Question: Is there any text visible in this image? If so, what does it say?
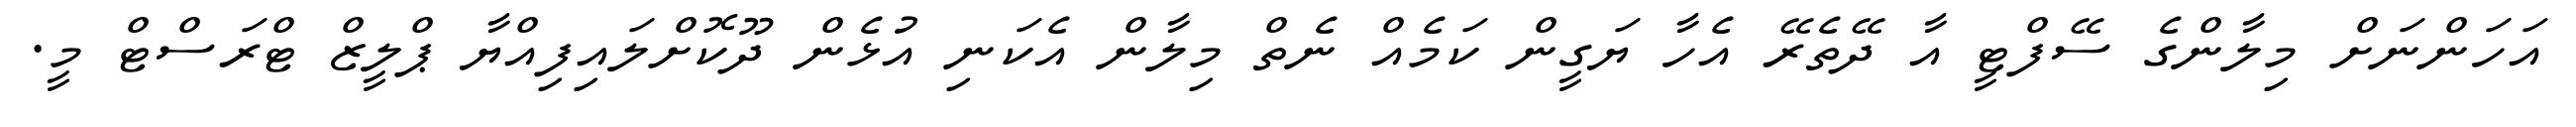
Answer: އަހަންނަށް މިލާންގެ ސޭފްޓީ އާ ދޭތެރޭ އެހާ ޔަގީން ކަމެއް ނެތް މިލާން އެކަނި އުޅެން ދޫކޮށްލައިފިއްޔާ ޕްލީޒް ޓްރަސްޓް މީ.